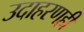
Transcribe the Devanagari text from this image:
उदाहरणही